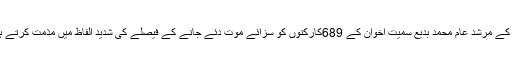
انہوں نے مصر میں اخوان المسلمون کے مرشد عام محمد بدیع سمیت اخوان کے 689کارکنوں کو سزائے موت دئے جانے کے فیصلے کی شدید الفاظ میں مذمت کرتے ہوئے اسے انصاف کا خون قرار دیا ۔